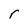
Character: r